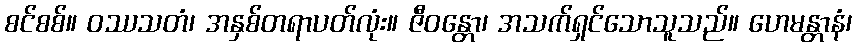
စင်စစ်။ ဝဿသတံ၊ အနှစ်တရာပတ်လုံး။ ဇီဝန္တော၊ အသက်ရှင်သောသူသည်။ ဟေမန္တာနံ၊